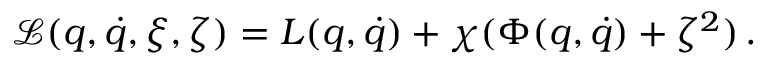
{ \mathcal L } ( q , \dot { q } , \xi , \zeta ) = L ( q , \dot { q } ) + \chi ( \Phi ( q , \dot { q } ) + \zeta ^ { 2 } ) \, .